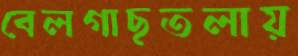
বেলগাছতলায়